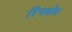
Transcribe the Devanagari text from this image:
रिंगबोम